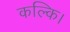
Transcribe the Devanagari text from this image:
कल्कि।